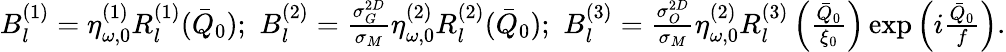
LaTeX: \begin{array}{r}{B_{l}^{(1)}=\eta_{\omega,0}^{(1)}R_{l}^{(1)}(\bar{Q}_{0});\, \, B_{l}^{(2)}=\frac{\sigma_{G}^{2D}}{\sigma_{M}}\eta_{\omega,0}^{(2)}R_{l}^{(2)}(\bar{Q}_{0});\, \, B_{l}^{(3)}=\frac{\sigma_{O}^{2D}}{\sigma_{M}}\eta_{\omega,0}^{(2)}R_{l}^{(3)}\left(\frac{\bar{Q}_{0}}{\xi_{0}}\right)\exp\left(i\frac{\bar{Q}_{0}}{f}\right).}\end{array}